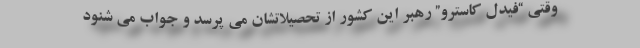
وقتی “فیدل کاسترو” رهبر این کشور از تحصیلاتشان می پرسد و جواب می شنود